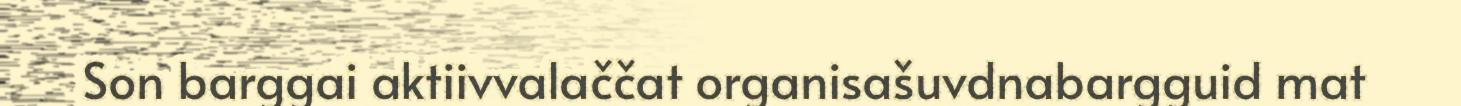
Son barggai aktiivvalaččat organisašuvdnabargguid mat